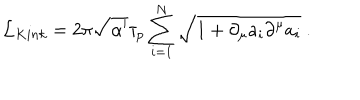
LaTeX: { \cal L } _ { K i n k } = 2 \pi \sqrt { \alpha ^ { \prime } } \tau _ { p } \sum _ { i = 1 } ^ { N } \sqrt { 1 + \partial _ { \mu } a _ { i } \partial ^ { \mu } a _ { i } } \ .